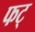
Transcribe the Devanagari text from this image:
फट्